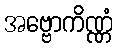
အဗ္ဗောကိဏ္ဏံ